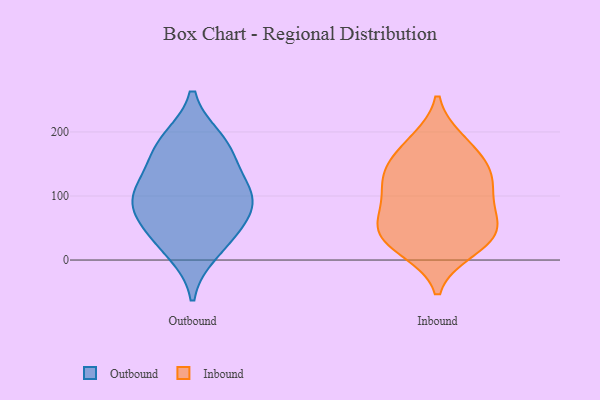
{"axis": {"x": "Energy Usage (MWh)", "y": "Value"}, "legend": ["Inbound", "Outbound"], "data": [{"x": "", "y": 179, "type": "Outbound"}, {"x": "", "y": 41, "type": "Outbound"}, {"x": "", "y": 92, "type": "Outbound"}, {"x": "", "y": 156, "type": "Outbound"}, {"x": "", "y": 14, "type": "Outbound"}, {"x": "", "y": 186, "type": "Outbound"}, {"x": "", "y": 98, "type": "Outbound"}, {"x": "", "y": 95, "type": "Outbound"}, {"x": "", "y": 54, "type": "Outbound"}, {"x": "", "y": 110, "type": "Outbound"}, {"x": "", "y": 187, "type": "Inbound"}, {"x": "", "y": 15, "type": "Inbound"}, {"x": "", "y": 186, "type": "Inbound"}, {"x": "", "y": 55, "type": "Inbound"}, {"x": "", "y": 105, "type": "Inbound"}, {"x": "", "y": 153, "type": "Inbound"}, {"x": "", "y": 148, "type": "Inbound"}, {"x": "", "y": 135, "type": "Inbound"}, {"x": "", "y": 41, "type": "Inbound"}, {"x": "", "y": 54, "type": "Inbound"}, {"x": "", "y": 17, "type": "Inbound"}, {"x": "", "y": 87, "type": "Inbound"}, {"x": "", "y": 46, "type": "Inbound"}, {"x": "", "y": 85, "type": "Inbound"}, {"x": "", "y": 133, "type": "Inbound"}, {"x": "", "y": 119, "type": "Inbound"}, {"x": "", "y": 33, "type": "Inbound"}]}